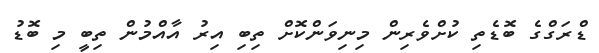
ޑްރަގްގެ ބޮޑެތި ކުށްވެރިން މިނިވަންކޮށް ތިބި އިރު އާއްމުން ތިބީ މި ބޮޑު